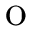
\mathrm { o }